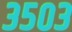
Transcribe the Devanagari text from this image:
३५०३